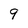
Character: 9